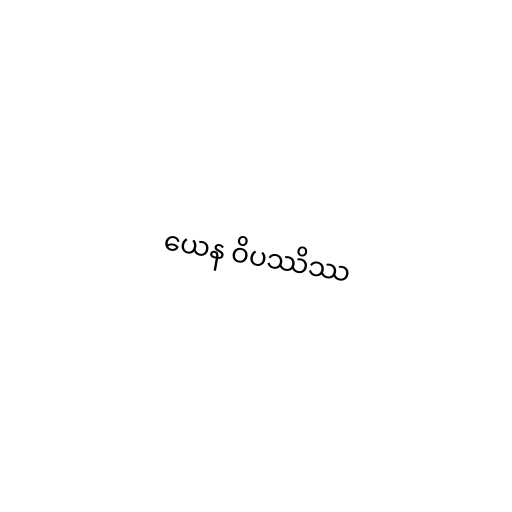
ယေန ဝိပဿိဿ